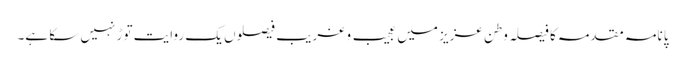
پانامہ مقدمہ کا فیصلہ وطن عزیز میں عجیب و غریب فیصلوں یک روایت توڑ نہیں سکا ہے۔